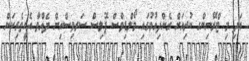
އަދި މި ޓްރޭނިންގ ކުރިއަށް ގެންދިއުމުގައި މޯލްޑިވްސް ޕޮލިސް ސަރވިސްއިން ދެއްވާ އެހީތެރިކަން